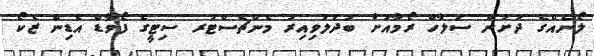
ލޯނެއްގެ ދަށުން ސަލާހް ރޯމާއަށް ބަދަލުވިއިރު މެންޗެސްޓަރ ސިޓީގެ ފޯވާޑް އެޑިން ޒެކޯ